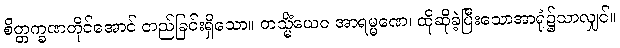
စိတ္တက္ခဏတိုင်အောင် တည်ခြင်းရှိသော။ တသ္မိံယေဝ အာရမ္မဏေ၊ ထိုဆိုခဲ့ပြီးသောအာရုံ၌သာလျှင်။